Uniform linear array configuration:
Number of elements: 64
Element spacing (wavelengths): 0.5
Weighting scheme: exponential
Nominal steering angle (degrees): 60
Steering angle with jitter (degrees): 59.936
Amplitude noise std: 0.05
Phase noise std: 0.05

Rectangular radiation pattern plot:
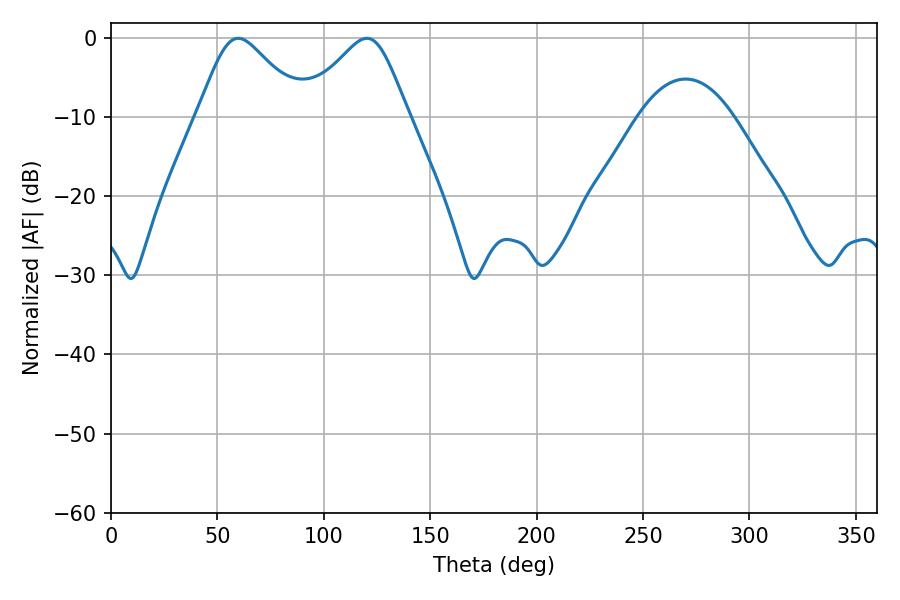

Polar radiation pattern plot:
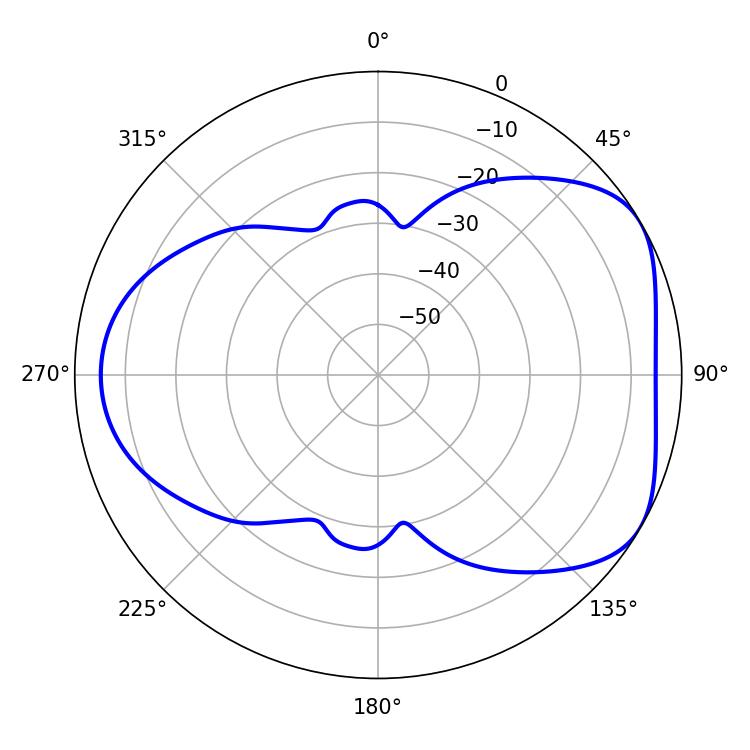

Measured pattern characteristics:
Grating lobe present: FALSE
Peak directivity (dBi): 4.79
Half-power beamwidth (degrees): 24.3
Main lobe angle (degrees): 59.76